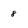
Character: 8